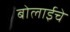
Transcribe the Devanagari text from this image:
बोलाईचे